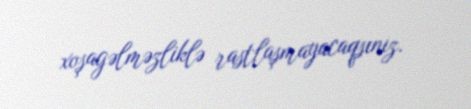
xoşagəlməzliklə rastlaşmayacaqsınız.